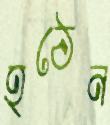
হঠেন